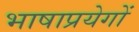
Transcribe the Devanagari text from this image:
भाषाप्रयेगों